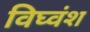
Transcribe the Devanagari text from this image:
विघ्वंश